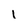
Character: l